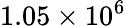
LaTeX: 1.05\times 10^{6}